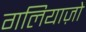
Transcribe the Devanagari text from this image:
गलियाज़ो